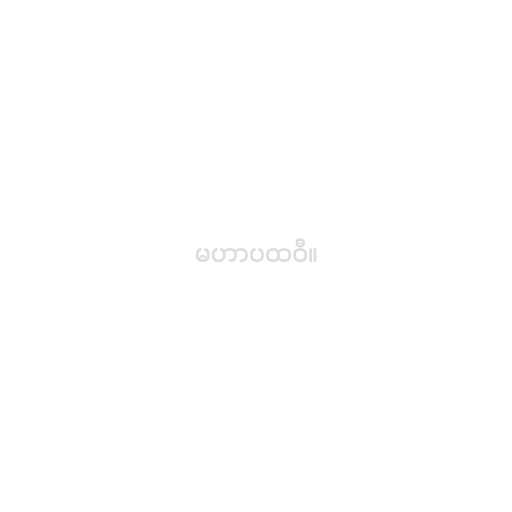
မဟာပထဝီ။